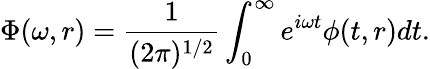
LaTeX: \Phi(\omega,r)=\frac{1}{(2\pi)^{1/2}}\int_{0}^{\infty}e^{i\omega t}\phi(t,r)dt.